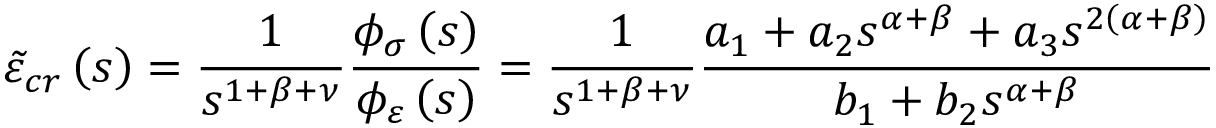
\tilde { \varepsilon } _ { c r } \left( s \right) = \frac { 1 } { s ^ { 1 + \beta + \nu } } \frac { \phi _ { \sigma } \left( s \right) } { \phi _ { \varepsilon } \left( s \right) } = \frac { 1 } { s ^ { 1 + \beta + \nu } } \frac { a _ { 1 } + a _ { 2 } s ^ { \alpha + \beta } + a _ { 3 } s ^ { 2 \left( \alpha + \beta \right) } } { b _ { 1 } + b _ { 2 } s ^ { \alpha + \beta } }